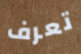
تعرف